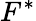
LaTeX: F^{\ast}